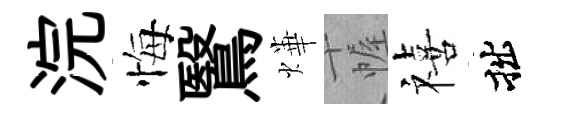
浣悔鷖燁幄禧拙